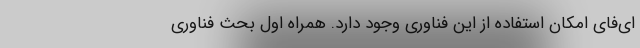
ای‌فای امکان استفاده از این فناوری وجود دارد. همراه اول بحث فناوری